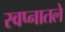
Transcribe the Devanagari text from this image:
स्वप्नातले